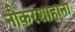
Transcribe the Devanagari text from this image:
नौकरशाहाना